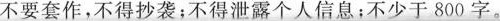
不要套作，不得抄袭；不得泄露个人信息；不少于800字。